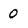
Character: 0